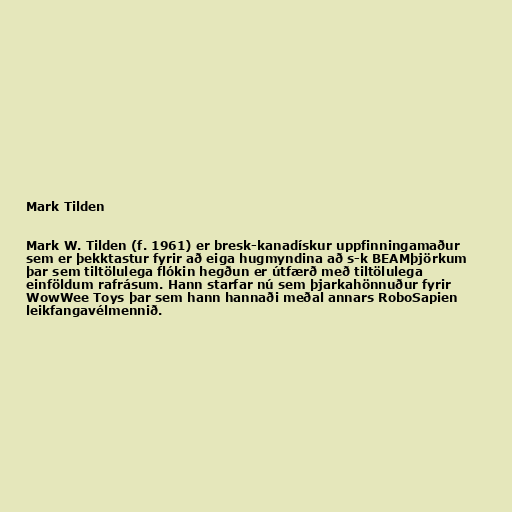
Mark Tilden

Mark W. Tilden (f. 1961) er bresk-kanadískur uppfinningamaður
sem er þekktastur fyrir að eiga hugmyndina að s-k BEAMþjörkum
þar sem tiltölulega flókin hegðun er útfærð með tiltölulega
einföldum rafrásum. Hann starfar nú sem þjarkahönnuður fyrir
WowWee Toys þar sem hann hannaði meðal annars RoboSapien
leikfangavélmennið.